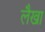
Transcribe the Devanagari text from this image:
लैखा